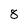
Character: 8